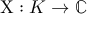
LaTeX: \mathrm { X } : K \rightarrow \mathbb { C }